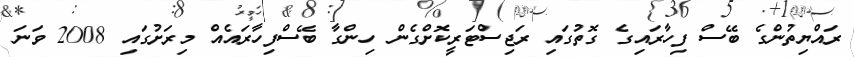
ރައްޔިތުންގެ ބޭސް ފިހާރައިގެ ގޮތުގައި ރަޖިސްޓަރީކޮށްގެން ހިންގާ ބޭސްފިހާރައެއް މިރަށުގައި 2008 ވަނަ